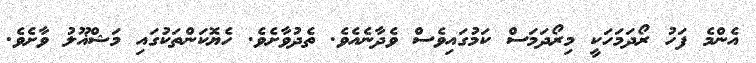
އެންމެ ފަހު ރޯދަމަހަކީ މިރޯދަމަސް ކަމުގައިވެސް ވެދާނެއެވެ. ތެދުވާށެވެ. ހެޔޮކަންތަކުގައި މަޝްޣޫލު ވާށެވެ.